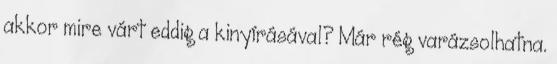
akkor mire várt eddig a kinyírásával? Már rég varázsolhatna.